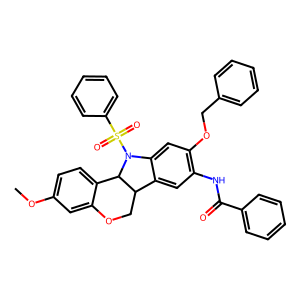
SMILES: COc1ccc2c(c1)OCC1c3cc(NC(=O)c4ccccc4)c(OCc4ccccc4)cc3N(S(=O)(=O)c3ccccc3)C21
Inhibits HIV replication: No